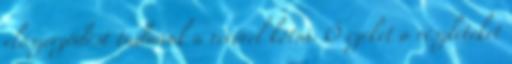
előszerződést tudnánk a vevővel kötni. Ő ezeket a részleteket